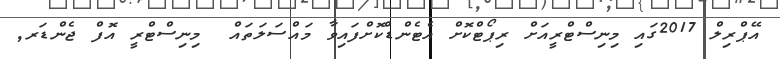
އޭޕްރިލް 2017ގައި މިނިސްޓްރީއަށް ރިޕޯޓްކޮށް އެޓެންޑްކޮށްފައިވާ މައްސަލަތައް  މިނިސްޓްރީ އޮފް ޖެންޑަރ